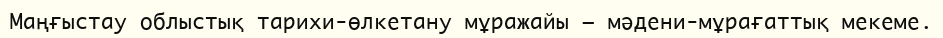
Маңғыстау облыстық тарихи-өлкетану мұражайы – мәдени-мұрағаттық мекеме.